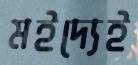
মইদ্যেই